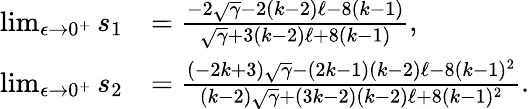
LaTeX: \begin{array}{rl}{\operatorname*{lim}_{\epsilon\to 0^{+}}s_{1}}&{=\frac{-2\sqrt{\gamma}-2(k-2)\ell-8(k-1)}{\sqrt{\gamma}+3(k-2)\ell+8(k-1)},}\\ {\operatorname*{lim}_{\epsilon\to 0^{+}}s_{2}}&{=\frac{(-2k+3)\sqrt{\gamma}-(2k-1)(k-2)\ell-8(k-1)^{2}}{(k-2)\sqrt{\gamma}+(3k-2)(k-2)\ell+8(k-1)^{2}}.}\end{array}